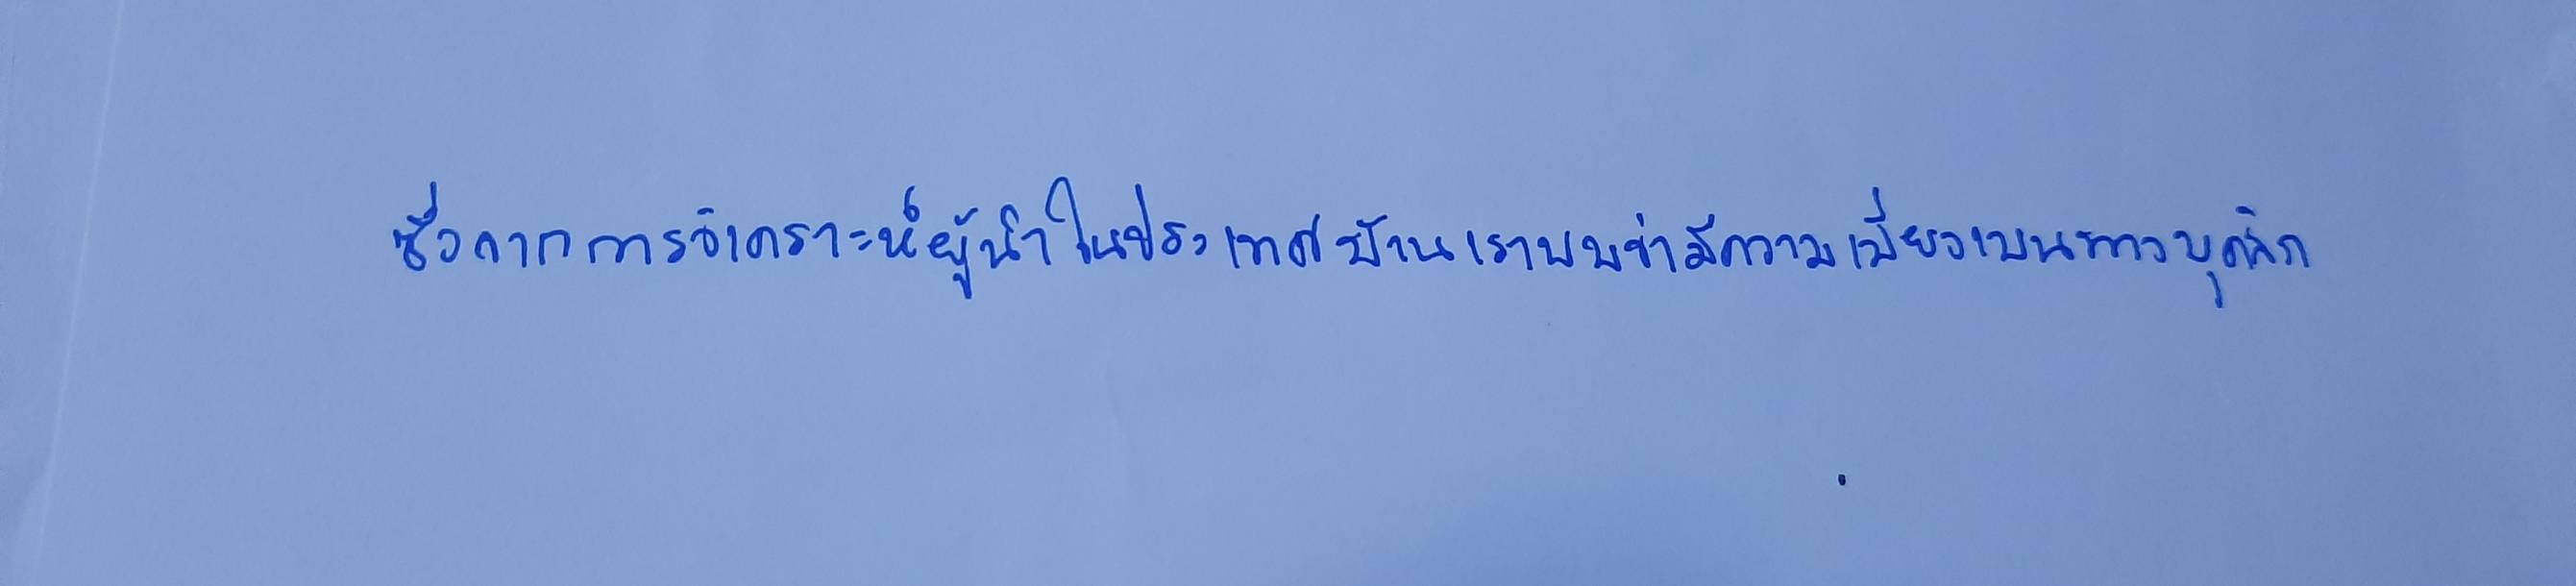
ซึ่งจากการวิเคราะห์ผู้นำในประเทศบ้านเราพบว่ามีความเบี่ยงเบนทางบุคลิก